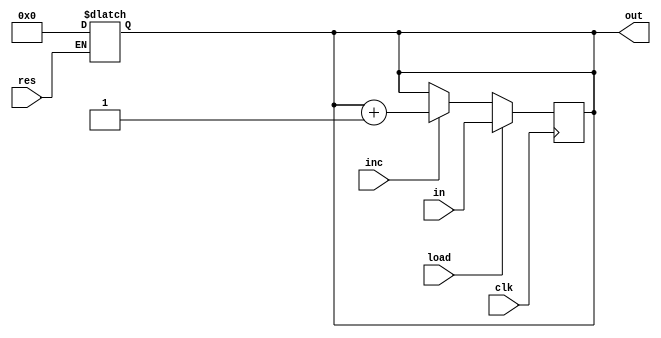
module oct_register(input[7:0] in , output reg [7:0] out,input load, input inc,input res,input clk);

always @(posedge clk)
	if (load==1) out<=in;
	else if(inc==1) out<=out+1;
	
always@(*) if (res==1) out<=0;

endmodule

module reg_tb;
reg [7:0] in;
reg load, inc,res, clk;
wire [7:0] out;
oct_register oc(in,out,load,inc,res,clk);
initial
begin
	clk=0;
	in=8'b00000001;
	load=1;
	#10 load=0;
	inc=1;
	#10 inc=0;
	res=1;
end
always begin
	#5 clk = ~clk;
end

endmodule